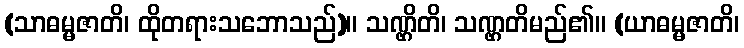
(သာဓမ္မဇာတိ၊ ထိုတရားသဘောသည်)။ သဏ္ဌိတိ၊ သဏ္ဌတိမည်၏။ (ယာဓမ္မဇာတိ၊